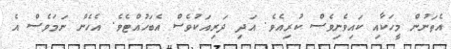
އެތަނުން މީހަކާއި ކައިވެނިވެސް ކުރިއެެވެ. އަދި ދަރިއަކުވެސް އެބަހުއްޓެވެ. އެހެން ނަމަވެސް އެ